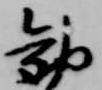
勧